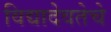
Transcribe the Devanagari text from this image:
विद्यादेवतेचे